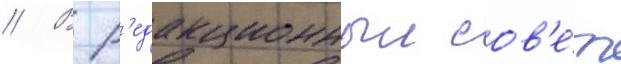
// В р'едакционныи сов'е́т